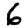
Digit: 6